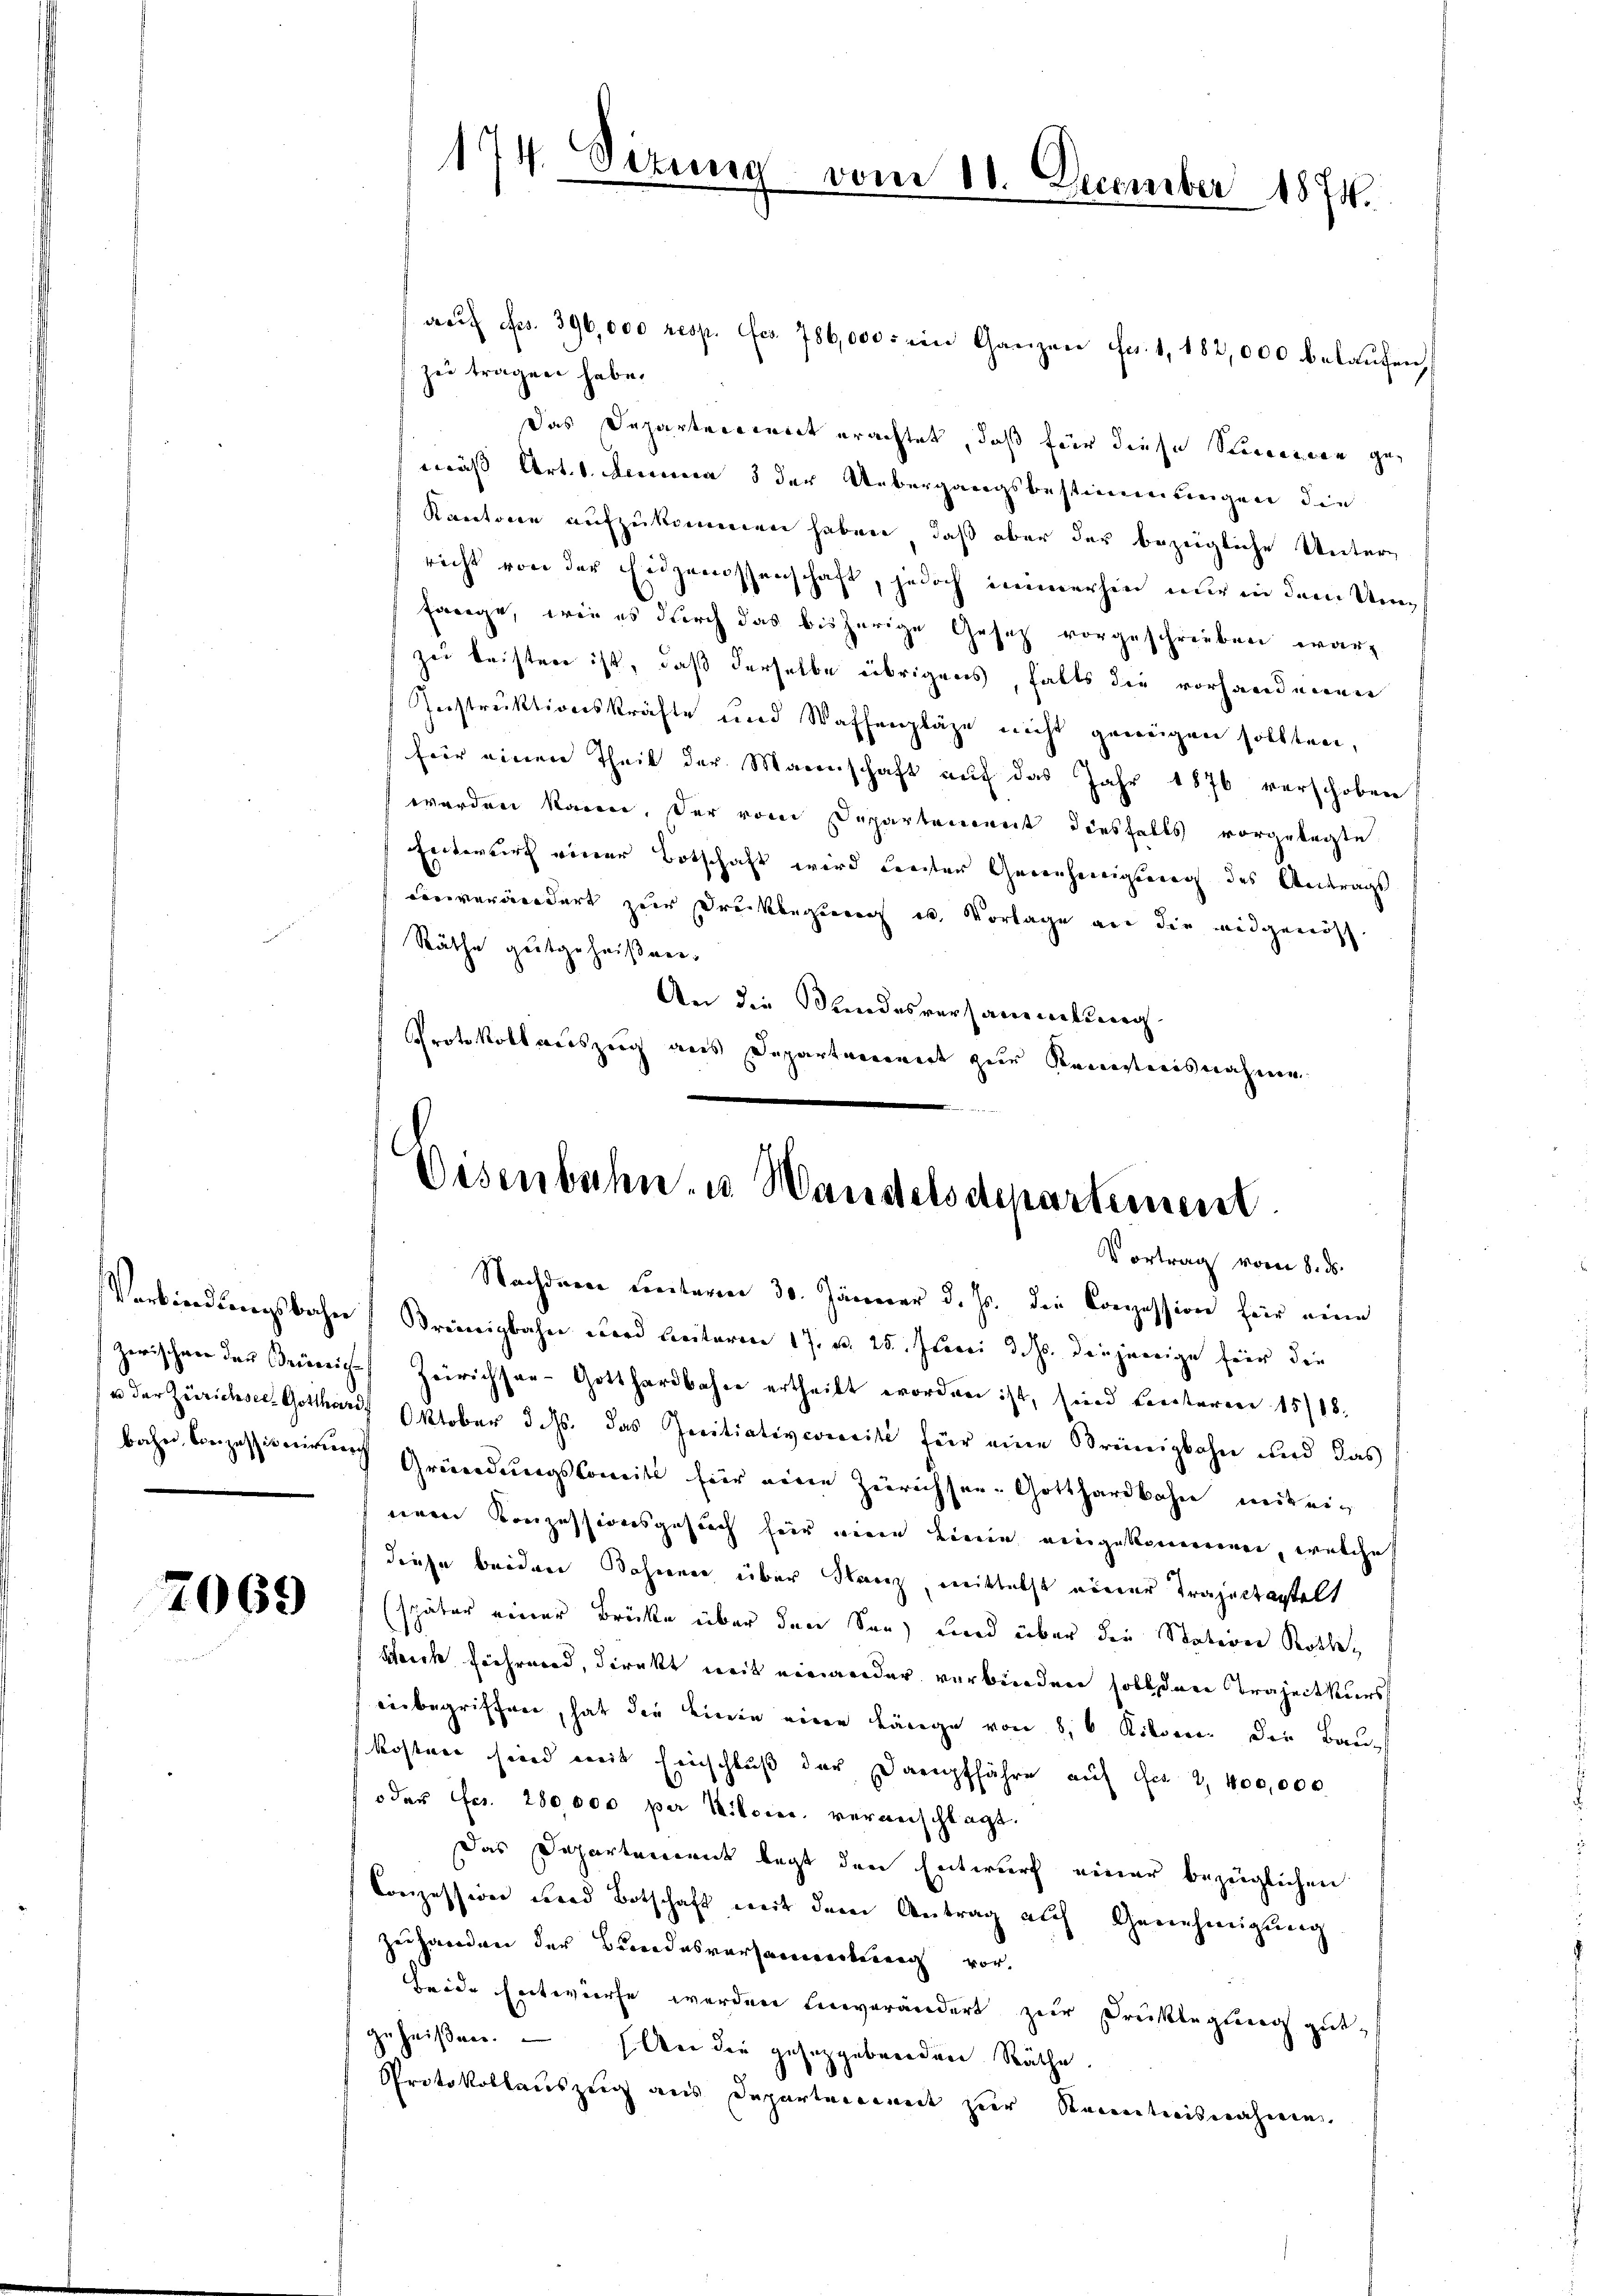
7069

drŭf Frs. 396,000 resp. fcs. 786,000. ein Ganzen Fr. 1, 182,000 belaufen,
zu tragen habe.
Das Departreteriet erachtet, daß für diese Steuerren gemäss Art. 1. Demma 3 der Uebergangsbestimmungen die
Kantone aufzukommen haben, daß aber der bezügliche Unter-
richt von der Eidgenossenschaft, jedoch immerhin nur in dem Umfange, wie es durch das bisherige Gesetz vorgeschrieben war,
zu leisten ist, daß derselbe übrigens, falls die vorhandenen
Instruktionskräfte und Waffenpläge nicht genügen sollten,
für einen Theil der Marenschaft auf das Jahr 1876 verschoben
werden kann. Der vom Departement diesfalls vorgelegte
Entwurf einer Botschaft wird Freiter Genehmigung des Antrags
Corverändert zur Druckbeginners ist. Vorlage auf die widgenöss.
Räthe gutgeheißner,
An die Sandesversammelung
Protokoll auszug aus Departement zur Kenntnisnahme

174. Sirung

vom 10. December 1874.

Eisenbahn- u. Wandelsdepartement
Vortrag vom 8. ds.

Nachdener Ceretarien 30. Jänner d. Js. die Conzession für eine
Verbindungsbahne, Freinigbahn und Leiteren 17. d. 25. Juni d. Js. diejenige für die
zerischen der Priesige Zeirichsar-Gotthardbahne ertheilt worden ist, sind unteren 15/18.
u der Zürichsel. Gotthard Oktober d. Js. das Zenitiativporciti für eine Brünigbahn und das
bahn Conzessioniren Gründŭngskomit für eine Zürichsee-Gotthardbahn mit eineren Konzessionsgesuch hier einen Bierin eingekommenen, welche
diese beiden Bahnen über Kanz, mittelst einer Trajactantelt
(später einer Brücke über den Son und über die Station Rothek
Berch Fiehrend, direkt mit einander verbinden soll der Trajectkurs
einbegriffen, hat die Linie eine Länge von 8, 6 Kilden die Bau
Kostere sind mit Einschluß der Dampffahre auf der 2,400,000
oder Fr. 280,000 per Kilomec. veranschlagt.
Das Departement legt den Entwurf einer bezüglichen
Conzession wird Botschaft mit dem Antrag auf Genehmigŭng
Zehanden der Bundesversamentrag vor.
Beide Entwurfe werden Einverändert zur Drucklegung gut-
geheißen. — Wer die gesetzgebenden Räthe
Protokollauszug aus Departement zur Kenntnisnahme.